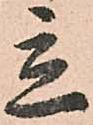
立